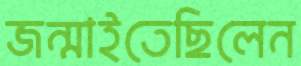
জন্মাইতেছিলেন